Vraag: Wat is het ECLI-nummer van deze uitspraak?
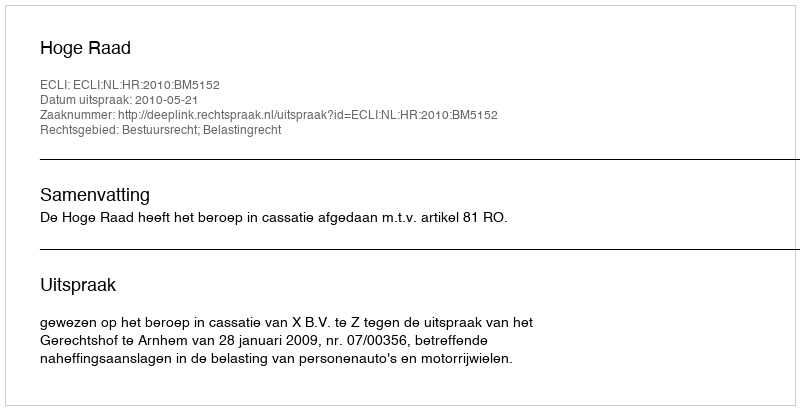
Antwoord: ECLI:NL:HR:2010:BM5152